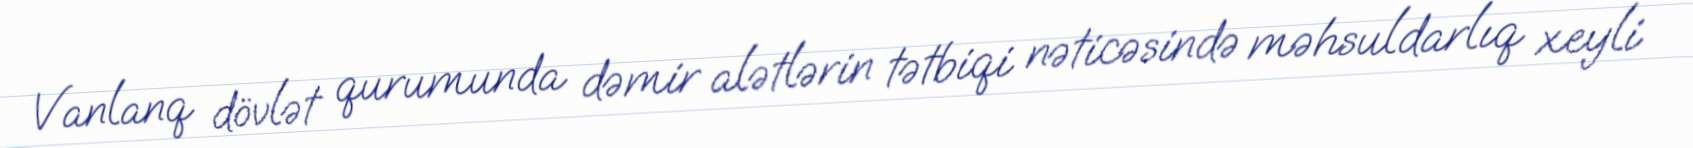
Vanlanq dövlət qurumunda dəmir alətlərin tətbiqi nəticəsində məhsuldarlıq xeyli